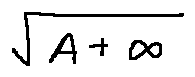
\sqrt { A + \infty }